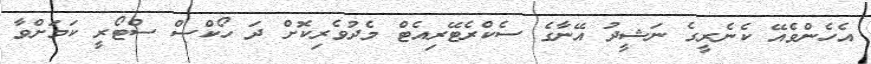
އެހެންވެއޭ ކެނެރީގެ ނަޝީދު އޭނާގެ ސެކްރެޓޭރިއެޓް މެދުވެރިކޮށް ދަ ހޯކްސް ސްޓޯރީ ކަމަށްވާ